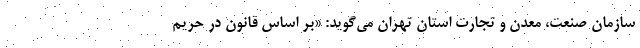
سازمان صنعت، معدن و تجارت استان تهران می‌گوید: «بر اساس قانون در حریم